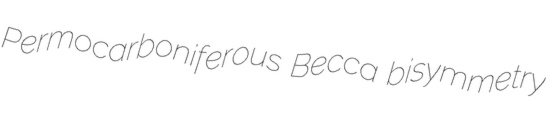
Permocarboniferous Becca bisymmetry